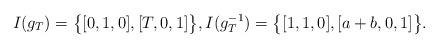
LaTeX: \begin{align*} I(g_T) = \bigl\{ [0,1,0], [T,0,1] \bigr\}, I(g_T^{-1}) = \bigl\{ [1,1,0], [a+b,0,1] \bigr\}.\end{align*}